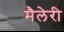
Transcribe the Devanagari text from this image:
मैलेरी